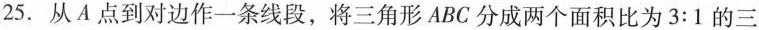
25.从A点到对边作一条线段，将三角形ABC分成两个面积比为3:1的三